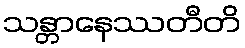
သန္တာနေဿတီတိ